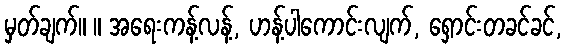
မှတ်ချက်။ ။ အရေးကန့်လန့်, ဟန့်ပါကောင်းလျက်, ရှောင်းတခင်ခင်,